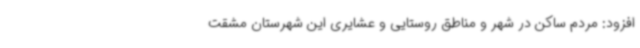
افزود: مردم ساکن در شهر و مناطق روستایی و عشایری این شهرستان مشقت